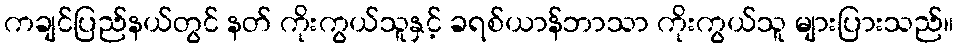
ကချင်ပြည်နယ်တွင် နတ် ကိုးကွယ်သူနှင့် ခရစ်ယာန်ဘာသာ ကိုးကွယ်သူ များပြားသည်။